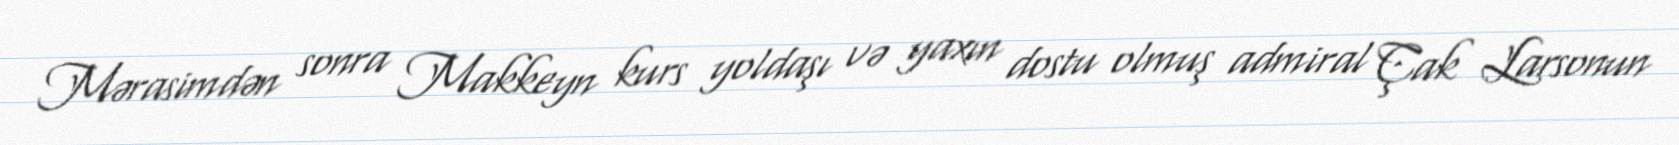
Mərasimdən sonra Makkeyn kurs yoldaşı və yaxın dostu olmuş admiral Çak Larsonun